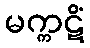
မက္ကဋိံ